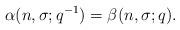
LaTeX: \begin{align*} \alpha(n,\sigma;q^{-1}) = \beta(n,\sigma;q).\end{align*}